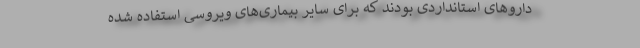
داروهای استانداردی بودند که برای سایر بیماری‌‌های ویروسی استفاده شده